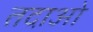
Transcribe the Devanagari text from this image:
तदाओ